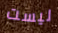
ليست